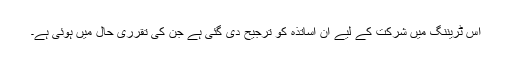
اس ٹریننگ میں شرکت کے لیے ان اساتذہ کو ترجیح دی گئی ہے جن کی تقرری حال میں ہوئی ہے۔